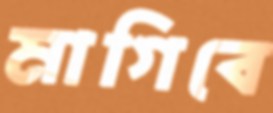
মাগিবে